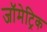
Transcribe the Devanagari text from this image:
जॉमेट्रिक